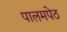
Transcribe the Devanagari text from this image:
पालमपेठ